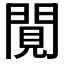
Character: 𨴼